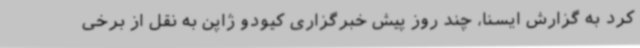
کرد به گزارش ایسنا، چند روز پیش خبرگزاری کیودو ژاپن به نقل از برخی